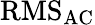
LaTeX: {\mathrm{RMS}}_{\mathrm{AC}}